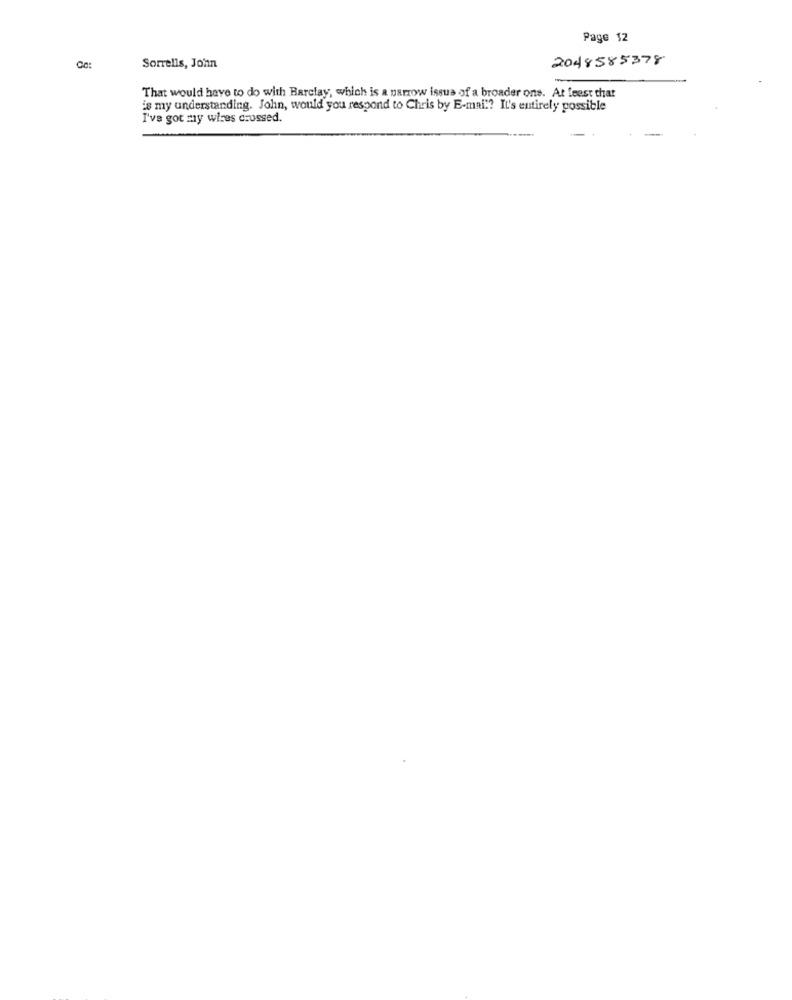
Page 12
2048585378
Ce:
Sorrells, Jo'nn
That would have to do with Barclay, which is a parrow issue of a broader ons. At feest chat
is my understanding. John, would you respond to Chris by E-mail? It's entirely possible
I've got my wires crossed.